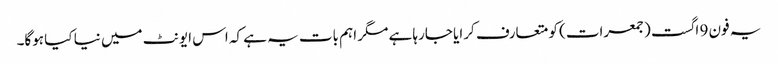
یہ فون 9 اگست (جمعرات) کو متعارف کرایا جارہا ہے مگر اہم بات یہ ہے کہ اس ایونٹ میں نیا کیا ہوگا۔